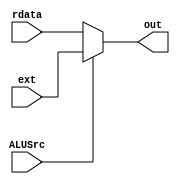
`timescale 1ns / 1ps
//////////////////////////////////////////////////////////////////////////////////
// Company: 
// Engineer: 
// 
// Design Name: 
// Module Name:    alu_selector 
// Project Name: 
// Target Devices: 
// Tool versions: 
// Description: 
//
// Dependencies: 
//
// Revision: 
// Revision 0.01 - File Created
// Additional Comments: 
//
//////////////////////////////////////////////////////////////////////////////////
module alu_selector(
    input [31:0] rdata,
    input [31:0] ext,
    input ALUSrc,
    output [31:0] out
    );
	 
	 reg [31:0] o;
	 initial begin
		o <= 32'b0;
	 end
	 
	 assign out = o;
	 always@(rdata,ext,ALUSrc)begin
		o <= (ALUSrc)?ext:rdata;
	 end
endmodule